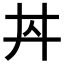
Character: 𱎠